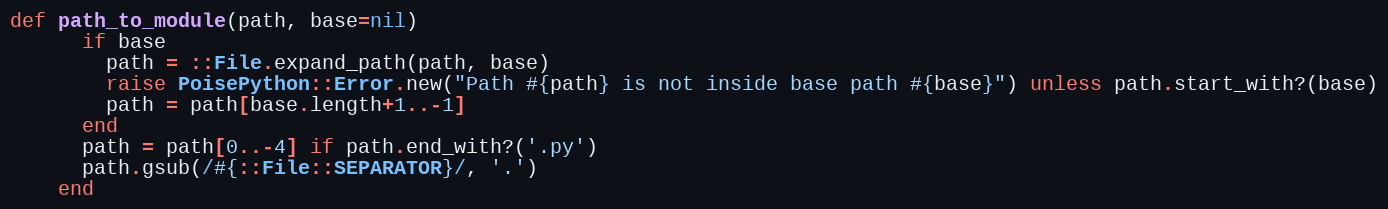
Language: Ruby
def path_to_module(path, base=nil)
      if base
        path = ::File.expand_path(path, base)
        raise PoisePython::Error.new("Path #{path} is not inside base path #{base}") unless path.start_with?(base)
        path = path[base.length+1..-1]
      end
      path = path[0..-4] if path.end_with?('.py')
      path.gsub(/#{::File::SEPARATOR}/, '.')
    end